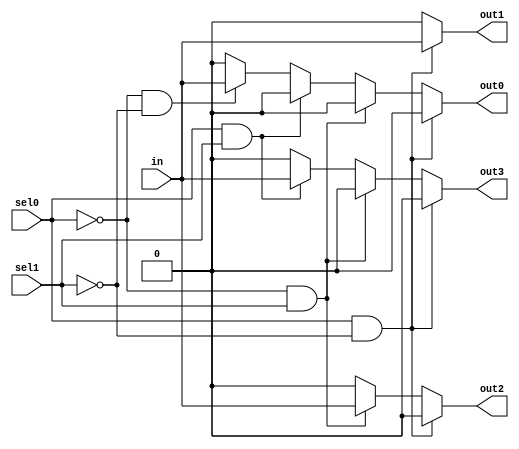
module demux_gate(
    in,
    sel0,
    sel1,
    out0,
    out1,
    out2,
    out3
);
    input in;
    input sel0;
    input sel1;
    output out0;
    output out1;
    output out2;
    output out3;

    reg out0;
    reg out1;
    reg out2;
    reg out3;

    always @(*) begin
        if(sel0==1'b0 && sel1==1'b0)begin
            out0=in;
            out1=1'b0;
            out2=1'b0;
            out3=1'b0;
        end
        if(sel0==1'b1 && sel1==1'b0)begin
            out0=1'b0;
            out1=in;
            out2=1'b0;
            out3=1'b0;
        end
        else if(sel0==1'b0 && sel1==1'b1)begin
            out0=1'b0;
            out1=1'b0;
            out2=in;
            out3=1'b0;
        end
        else if(sel0==1'b1 && sel1==1'b1)begin
            out0=1'b0;
            out1=1'b0;
            out2=1'b0;
            out3=in;
        end
        else if(sel0==1'b0 && sel1==1'b0)begin
            out0=in;
            out1=1'b0;
            out2=1'b0;
            out3=1'b0;
        end
        else begin
            out0=1'b0;
            out1=1'b0;
            out2=1'b0;
            out3=1'b0;
        end
    end
endmodule